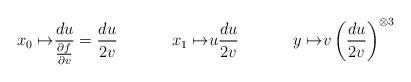
LaTeX: \begin{align*}x_0 \mapsto&\frac{du}{\frac{\partial f}{\partial v}}= \frac{du}{2v} &x_1 \mapsto &u \frac{du}{2v}& y \mapsto & v \left (\frac{du}{2v}\right)^{\otimes 3}& \end{align*}